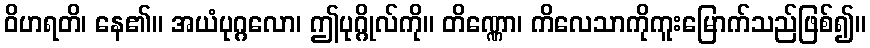
ဝိဟရတိ၊ နေ၏။ အယံပုဂ္ဂလော၊ ဤပုဂ္ဂိုလ်ကို။ တိဏ္ဏော၊ ကိလေသာကိုကူးမြောက်သည်ဖြစ်၍။